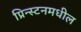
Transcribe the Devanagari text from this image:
प्रिन्स्टनमधील